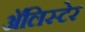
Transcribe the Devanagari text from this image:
अॅलिस्टेर